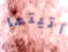
أتيتما